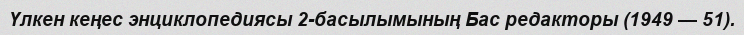
Үлкен кеңес энциклопедиясы 2-басылымының Бас редакторы (1949 — 51).